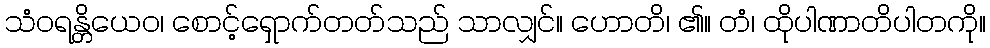
သံဝရန္တိယေဝ၊ စောင့်ရှောက်တတ်သည် သာလျှင်။ ဟောတိ၊ ၏။ တံ၊ ထိုပါဏာတိပါတကို။